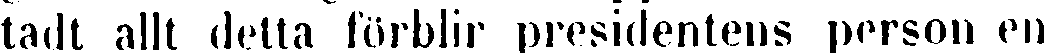
tadt allt detta förblir presidentens person en